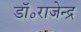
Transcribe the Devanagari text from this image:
डॉ॰राजेन्द्र